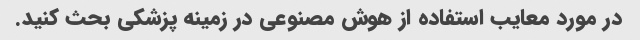
در مورد معایب استفاده از هوش مصنوعی در زمینه پزشکی بحث کنید.